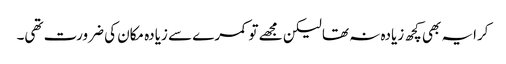
کرایہ بھی کچھ زیادہ نہ تھا لیکن مجھے تو کمرے سے زیادہ مکان کی ضرورت تھی۔